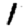
Digit: 1